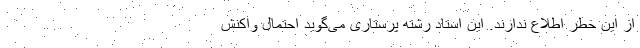
از این خطر اطلاع ندارند. این استاد رشته پرستاری می‌گوید احتمال واکنش